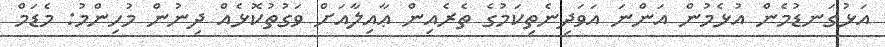
އަޅުގަނޑުމެން އުޅެމުން އަންނަ އަވަދިނެތިކަމުގެ ތެރެއިން ޢާއިލާއަށް ވަގުތުކޮޅެއް ދިނުން މުހިންމު: މެޑަމް